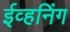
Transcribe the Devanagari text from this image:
ईव्हनिंग